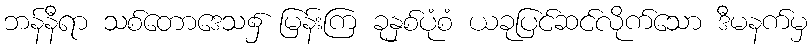
ဘန်နီရာ သစ်တောဒေသ၌ မြန်းကြ ခုနှစ်ပုံစံ ယခုပြင်ဆင်လိုက်သော ဒီမနက်မှ